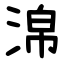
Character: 淿